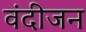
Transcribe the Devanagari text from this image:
वंदीजन